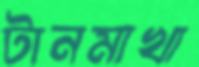
টানমাখা